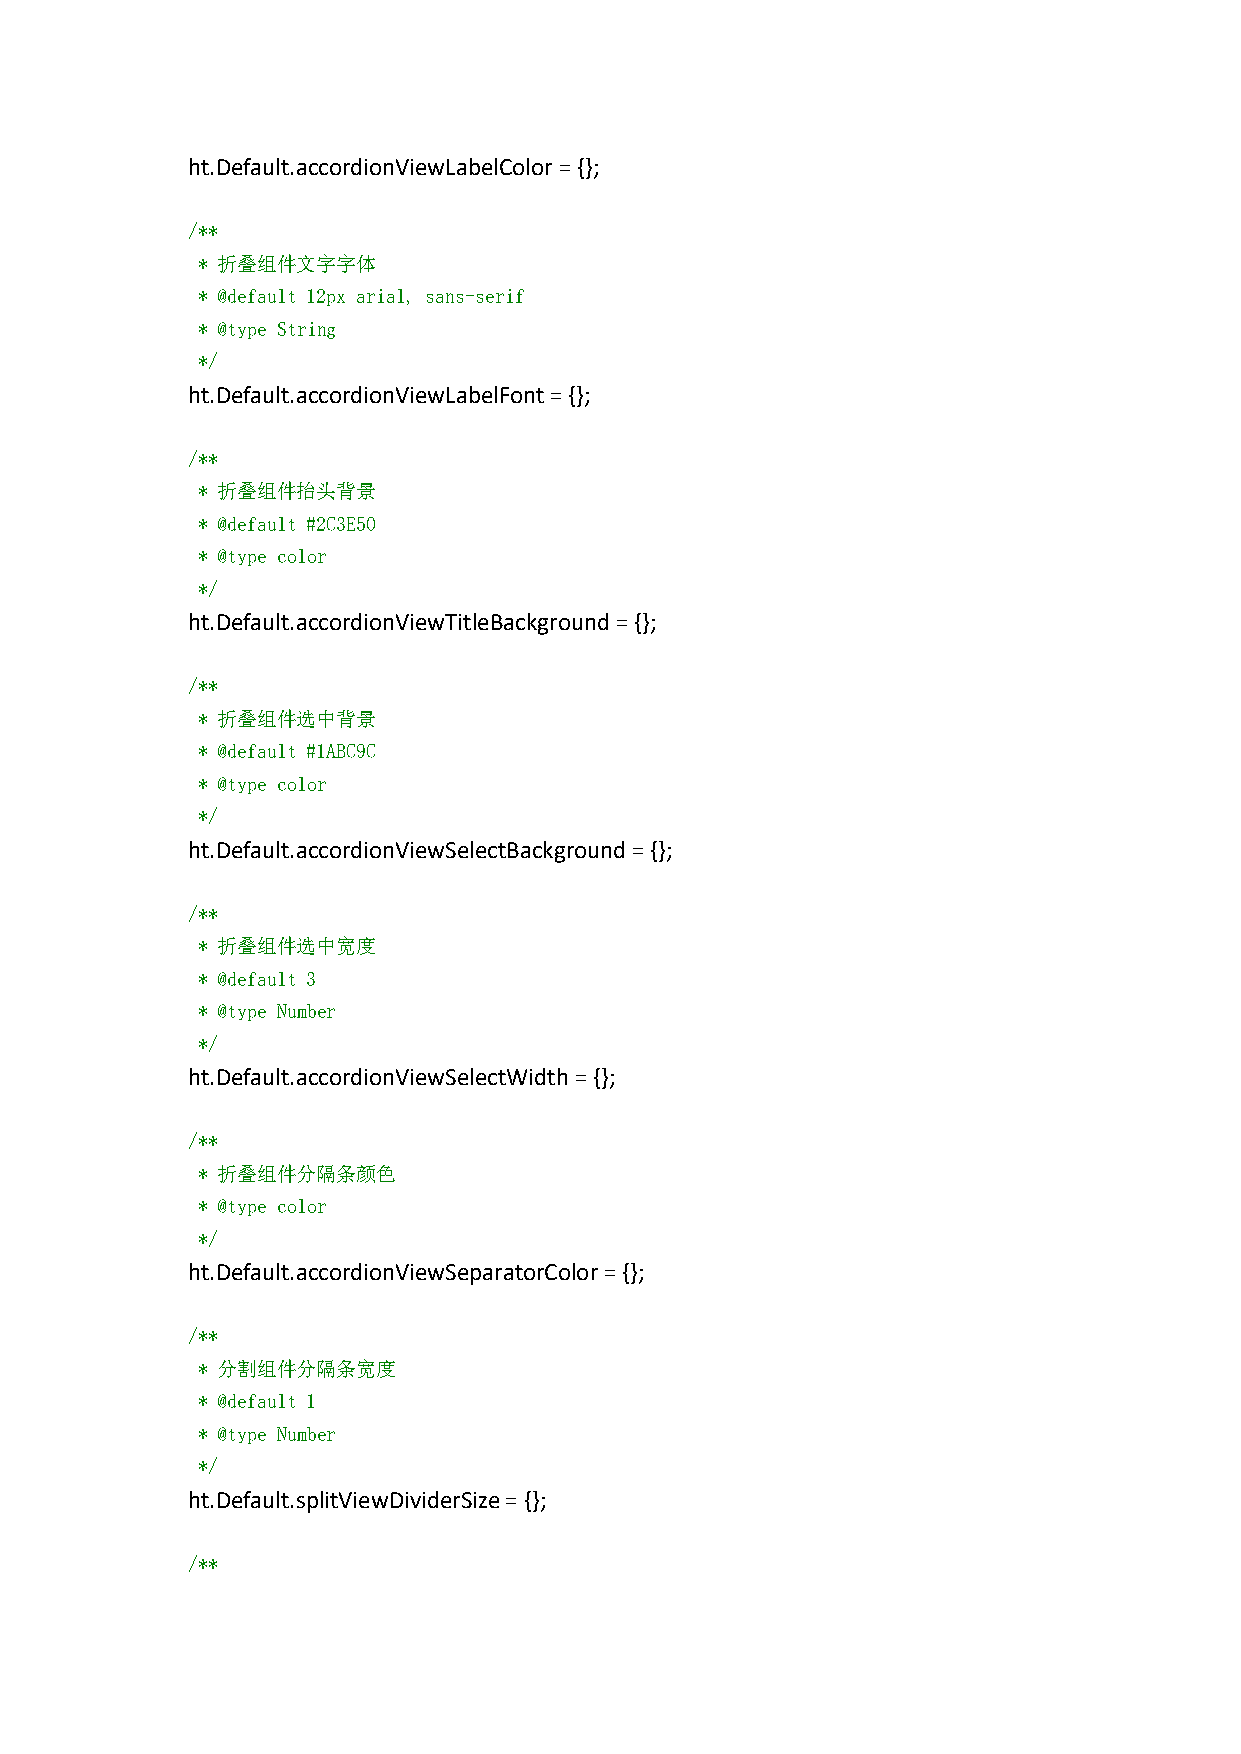
ht.Default.accordionViewLabelColor={};
 /**
 * 折叠组件文字字体
 * @default 12px arial, sans-serif
 * @type String
 */
 ht.Default.accordionViewLabelFont={};
 /**
 * 折叠组件抬头背景
 * @default #2C3E50
 * @type color
 */
 ht.Default.accordionViewTitleBackground={};
 /**
 * 折叠组件选中背景
 * @default #1ABC9C
 * @type color
 */
 ht.Default.accordionViewSelectBackground={};
 /**
 * 折叠组件选中宽度
 * @default 3
 * @type Number
 */
 ht.Default.accordionViewSelectWidth={};
 /**
 * 折叠组件分隔条颜色
 * @type color
 */
 ht.Default.accordionViewSeparatorColor={};
 /**
 * 分割组件分隔条宽度
 * @default 1
 * @type Number
 */
 ht.Default.splitViewDividerSize={};
 /**